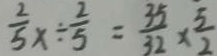
\frac { 2 } { 5 } x \div \frac { 2 } { 5 } = \frac { 3 5 } { 3 2 } \times \frac { 5 } { 2 }